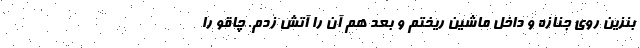
بنزین روی جنازه و داخل ماشین ریختم و بعد هم آن را آتش زدم. چاقو را